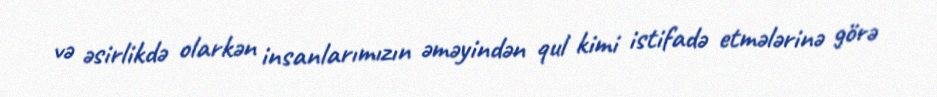
və əsirlikdə olarkən insanlarımızın əməyindən qul kimi istifadə etmələrinə görə